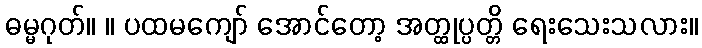
ဓမ္မဂုတ်။ ။ ပထမကျော် အောင်တော့ အတ္ထုပ္ပတ္တိ ရေးသေးသလား။